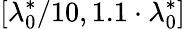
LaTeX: [\lambda_{0}^{\ast}/10,1.1\cdot\lambda_{0}^{\ast}]